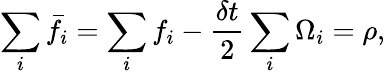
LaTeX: \sum_{i}\bar{f}_{i}=\sum_{i}f_{i}-\frac{\delta t}{2}\sum_{i}\Omega_{i}=\rho,